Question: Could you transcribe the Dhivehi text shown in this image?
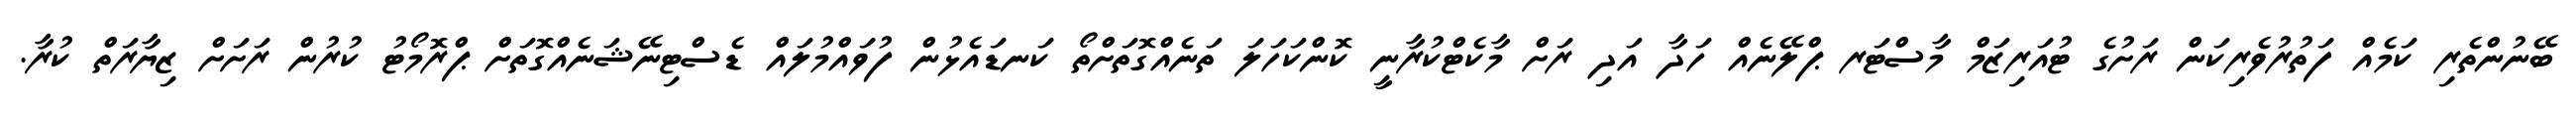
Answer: ބޭނުންތެރި ކަމެއް ފަތުރުވެރިކަން ރަށުގެ ޓުއަރިޒަމް މާސްޓަރ ޕްލޭނެއް ހަދާ އަދި ރަށް މާކެޓްކުރާނީ ކޮންކަހަލަ ތަނެއްގޮތަށްތޯ ކަނޑައެޅުން ފުވައްމުލައް ޑެސްޓިނޭޝަނެއްގޮތަށް ޕްރޮމޯޓު ކުރުން ރަށަށް ޒިޔާރަތް ކުރާ.